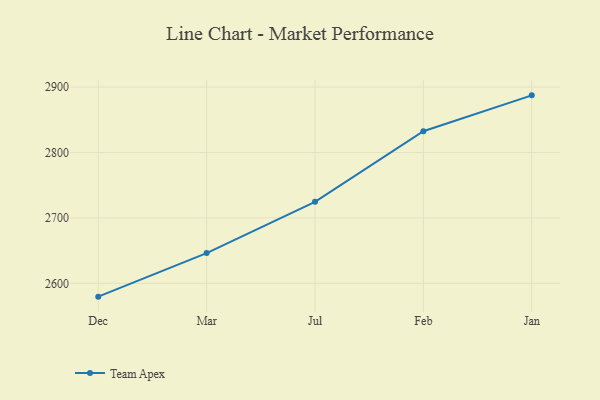
{"axis": {"x": "Month", "y": "Operating Costs (USD K)"}, "legend": ["Team Apex"], "data": [{"x": "Dec", "y": 2579.7, "type": "Team Apex"}, {"x": "Mar", "y": 2646.3, "type": "Team Apex"}, {"x": "Jul", "y": 2724.6, "type": "Team Apex"}, {"x": "Feb", "y": 2832.5, "type": "Team Apex"}, {"x": "Jan", "y": 2887.3, "type": "Team Apex"}]}